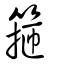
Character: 箍